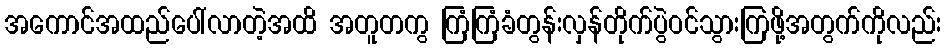
အကောင်အထည်ပေါ်လာတဲ့အထိ အတူတကွ ကြံကြံခံတွန်းလှန်တိုက်ပွဲဝင်သွားကြဖို့အတွက်ကိုလည်း